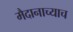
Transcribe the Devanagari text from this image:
मैदानाच्याच